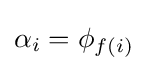
\alpha _{i}=\phi _{f(i)}